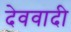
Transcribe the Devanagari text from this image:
देववादी